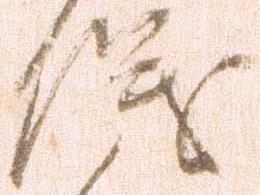
儀